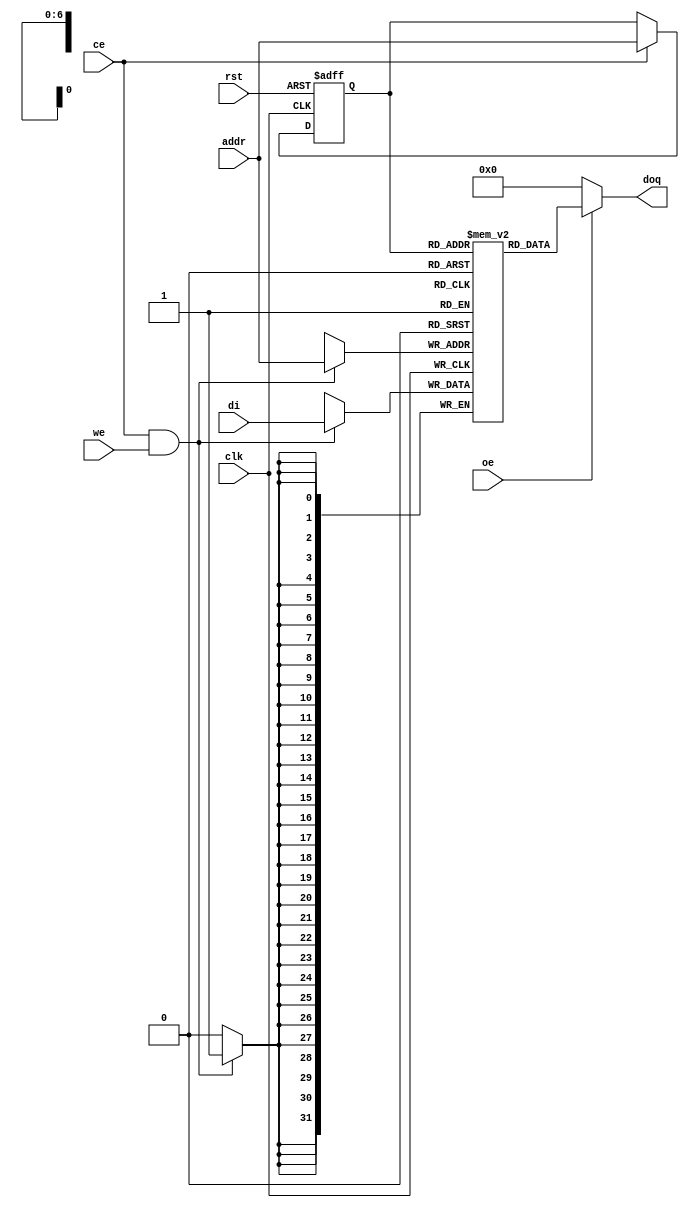
module or1200_spram_128x32(
`ifdef OR1200_BIST
	// RAM BIST
	mbist_si_i, mbist_so_o, mbist_ctrl_i,
`endif
	// Generic synchronous single-port RAM interface
	clk, rst, ce, we, oe, addr, di, doq
);

//
// Default address and data buses width
//
parameter aw = 7;
parameter dw = 32;

`ifdef OR1200_BIST
//
// RAM BIST
//
input mbist_si_i;
input [`OR1200_MBIST_CTRL_WIDTH - 1:0] mbist_ctrl_i;
output mbist_so_o;
`endif

//
// Generic synchronous single-port RAM interface
//
input			clk;	// Clock
input			rst;	// Reset
input			ce;	// Chip enable input
input			we;	// Write enable input
input			oe;	// Output enable input
input 	[aw-1:0]	addr;	// address bus inputs
input	[dw-1:0]	di;	// input data bus
output	[dw-1:0]	doq;	// output data bus

//
// Internal wires and registers
//

`ifdef OR1200_ARTISAN_SSP
`else
`ifdef OR1200_VIRTUALSILICON_SSP
`else
`ifdef OR1200_BIST
`endif
`endif
`endif

`ifdef OR1200_ARTISAN_SSP

//
// Instantiation of ASIC memory:
//
// Artisan Synchronous Single-Port RAM (ra1sh)
//
`ifdef UNUSED
`else
`ifdef OR1200_BIST
`else
`endif
`endif
`ifdef OR1200_BIST
`endif
`else

`ifdef OR1200_AVANT_ATP

//
// Instantiation of ASIC memory:
//
// Avant! Asynchronous Two-Port RAM
//

`else

`ifdef OR1200_VIRAGE_SSP

//
// Instantiation of ASIC memory:
//
// Virage Synchronous 1-port R/W RAM
//

`else

`ifdef OR1200_VIRTUALSILICON_SSP

//
// Instantiation of ASIC memory:
//
// Virtual Silicon Single-Port Synchronous SRAM
//
`ifdef UNUSED
`else
`ifdef OR1200_BIST
`else
`endif
`endif
`ifdef OR1200_BIST
	// RAM BIST
`endif

`else

`ifdef OR1200_XILINX_RAMB4

//
// Instantiation of FPGA memory:
//
// Virtex/Spartan2
//

//
// Block 0
//
RAMB4_S16 ramb4_s16_0(
	.CLK(clk),
	.RST(rst),
	.ADDR({1'b0, addr}),
	.DI(di[15:0]),
	.EN(ce),
	.WE(we),
	.DO(doq[15:0])
);

//
// Block 1
//
RAMB4_S16 ramb4_s16_1(
	.CLK(clk),
	.RST(rst),
	.ADDR({1'b0, addr}),
	.DI(di[31:16]),
	.EN(ce),
	.WE(we),
	.DO(doq[31:16])
);

`else

`ifdef OR1200_XILINX_RAMB16

//
// Instantiation of FPGA memory:
//
// Virtex4/Spartan3E
//
// Added By Nir Mor
//

RAMB16_S36 ramb16_s36(
	.CLK(clk),
	.SSR(rst),
	.ADDR({2'b00, addr}),
	.DI(di),
	.DIP(4'h0),
	.EN(ce),
	.WE(we),
	.DO(doq),
	.DOP()
);

`else

//
// Generic single-port synchronous RAM model
//

//
// Generic RAM's registers and wires
//
reg	[dw-1:0]	mem [(1<<aw)-1:0];	// RAM content
reg	[aw-1:0]	addr_reg;		// RAM address register

//
// Data output drivers
//
assign doq = (oe) ? mem[addr_reg] : {dw{1'b0}};

//
// RAM address register
//
always @(posedge clk or posedge rst)
	if (rst)
		addr_reg <= #1 {aw{1'b0}};
	else if (ce)
		addr_reg <= #1 addr;

//
// RAM write
//
always @(posedge clk)
	if (ce && we)
		mem[addr] <= #1 di;

`endif	// !OR1200_XILINX_RAMB16
`endif	// !OR1200_XILINX_RAMB4
`endif	// !OR1200_VIRTUALSILICON_SSP
`endif	// !OR1200_VIRAGE_SSP
`endif	// !OR1200_AVANT_ATP
`endif	// !OR1200_ARTISAN_SSP

endmodule